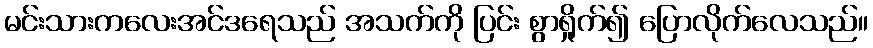
မင်းသားကလေးအင်ဒရေသည် အသက်ကို ပြင်း စွာရှိုက်၍ ပြောလိုက်လေသည်။